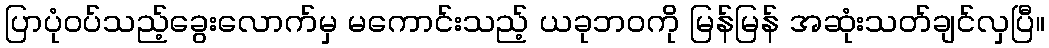
ပြာပုံဝပ်သည့်ခွေးလောက်မှ မကောင်းသည့် ယခုဘဝကို မြန်မြန် အဆုံးသတ်ချင်လှပြီ။